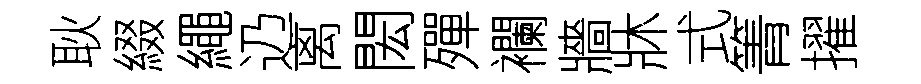
耿綴繩辸离閎殫襴牆牀式箐擢